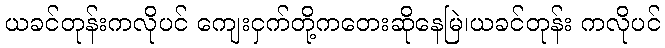
ယခင်တုန်းကလိုပင် ကျေးငှက်တို့ကတေးဆိုနေမြဲ၊ယခင်တုန်း ကလိုပင်